Annual vaccination report of Bihar and Orissa - 1911-1928
Year: 1911
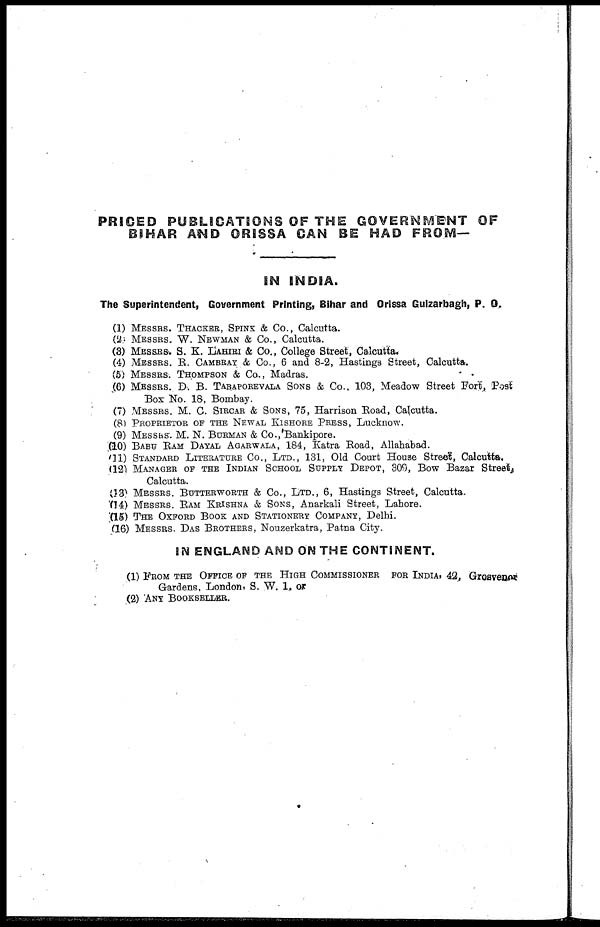
PRICED PUBLICATIONS OF THE GOVERNMENT OF
BIHAR AND ORISSA CAN BE HAD FROM—
IN INDIA.
The Superintendent, Government Printing, Bihar and Orissa Gulzarbagh, P. O.
(1) MESSRS. THACKER, SPINK & Co., Calcutta.
(2) MESSRS. W. NEWMAN & Co., Calcutta.
(3) MESSRS. S. K. LAHIRI & Co., College Street, Calcutta.
(4) MESSRS. R. CAMBRAY & Co., 6 and 8-2, Hastings Street, Calcutta.
(5) MESSRS. THOMPSON & Co., Madras.
(6) MESSRS. D . B. TABAPOREVALA SONS & Co., 103, Meadow Street Fort, [Post'
Box NO. 18, Bombay.
(7) MESSRS. M. C. SIRCAR & SONS, 75, Harrison Road, Calcutta.
(8) PROPRIETOR OF THE NEWAL KISHORE PRESS, Lucknow.
(9) MESSRS. M. N. BURMAN & Co., Bankipore.
(10) BABU RAM DAYAL AGARWALA, 184, Katra Road, Allahabad.
(11) STANDARD LITERATURE CO., LTD., 131, Old Court House Street, Calcutta.
(12) MANAGER OF THE INDIAN SCHOOL SUPPLY DEPOT, 309, Bow Bazar Street,
Calcutta.
(13) MESSRS. BUTTERWORTH & Co., LTD., 6, Hastings Street, Calcutta.
(14) MESSRS. RAM KRISHNA & SONS, Anarkali Street, Lahore.
(15) THE OXFORD BOOK AND STATIONERY COMPANY, Delhi.
(16) MESSRS. DAS BROTHERS, Nouzerkatra, Patna City.
IN ENGLAND AND ON THE CONTINENT.
(1) FROM THE OFFICE OF THE HIGH COMMISSIONER FOR INDIA, 42, Grosvenor
Gardens, London, S. W. 1, or
(2) ANY BOOKSELLER.